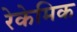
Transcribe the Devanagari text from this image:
रेकेमिक